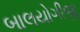
બાલયોગીજી